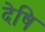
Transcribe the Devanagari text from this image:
देषि